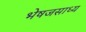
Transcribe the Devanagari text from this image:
भेषजसाध्य